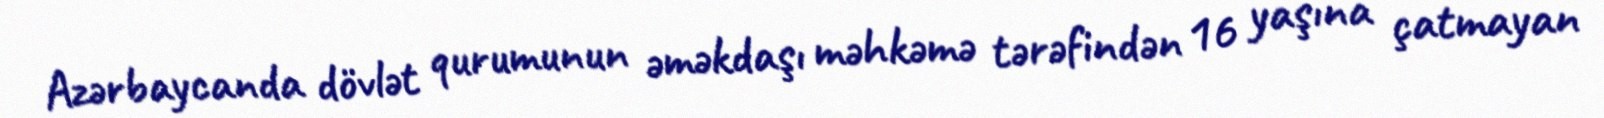
Azərbaycanda dövlət qurumunun əməkdaşı məhkəmə tərəfindən 16 yaşına çatmayan